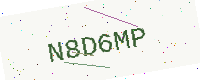
Text: N8D6MP